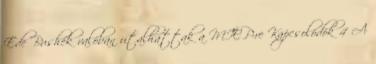
Ede Bushék valóban utalhattak a MIÉP-re Kapcsolódók 4 A